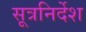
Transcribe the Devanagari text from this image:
सूत्रनिर्देश